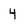
Character: 4